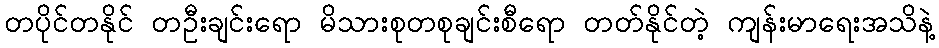
တပိုင်တနိုင် တဦးချင်းရော မိသားစုတစုချင်းစီရော တတ်နိုင်တဲ့ ကျန်းမာရေးအသိနဲ့